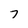
Character: 7